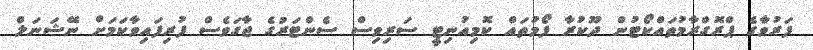
ފަރުވާގެ ޕްރޮގްރާމުތައްކޯޓުން ދޫކުރާ ފޯމުތައް ކޮމިއުނިޓީ ސަރިވިސް ސެންޓަރުގެ ޖާގަވެސް ފުރިފައިވާކަމަށް ނޭޝަނަލް